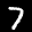
Label: 7